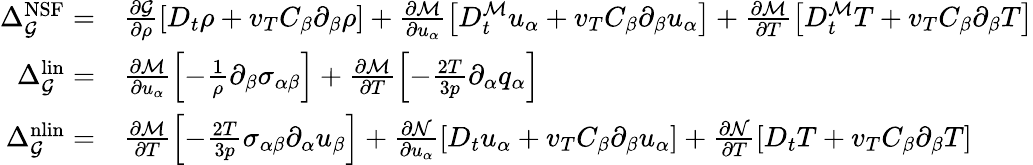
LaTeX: \begin{array}{rl}{\Delta_{\mathcal{G}}^{\mathrm{NSF}}=}&{{}\frac{\partial\mathcal{G}}{\partial\rho}\left[D_{t}\rho+v_{T}C_{\beta}\partial_{\beta}\rho\right]+\frac{\partial\mathcal{M}}{\partial u_{\alpha}}\left[D_{t}^{\mathcal{M}}u_{\alpha}+v_{T}C_{\beta}\partial_{\beta}u_{\alpha}\right]+\frac{\partial\mathcal{M}}{\partial T}\left[D_{t}^{\mathcal{M}}T+v_{T}C_{\beta}\partial_{\beta}T\right]}\\ {\Delta_{\mathcal{G}}^{\mathrm{lin}}=}&{{}\frac{\partial\mathcal{M}}{\partial u_{\alpha}}\left[-\frac{1}{\rho}\partial_{\beta}\sigma_{\alpha\beta}\right]+\frac{\partial\mathcal{M}}{\partial T}\left[-\frac{2T}{3p}\partial_{\alpha}q_{\alpha}\right]}\\ {\Delta_{\mathcal{G}}^{\mathrm{nlin}}=}&{{}\frac{\partial\mathcal{M}}{\partial T}\left[-\frac{2T}{3p}\sigma_{\alpha\beta}\partial_{\alpha}u_{\beta}\right]+\frac{\partial\mathcal{N}}{\partial u_{\alpha}}\left[D_{t}u_{\alpha}+v_{T}C_{\beta}\partial_{\beta}u_{\alpha}\right]+\frac{\partial\mathcal{N}}{\partial T}\left[D_{t}T+v_{T}C_{\beta}\partial_{\beta}T\right]}\end{array}